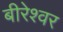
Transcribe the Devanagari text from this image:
बीरेश्वर